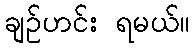
ချဉ်ဟင်း ရမယ်။